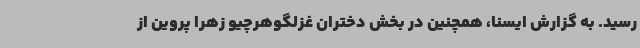
رسید. به گزارش ایسنا، همچنین در بخش دختران غزلگوهرچیو زهرا پروین از